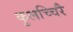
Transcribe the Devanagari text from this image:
कुलच्चिरै